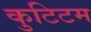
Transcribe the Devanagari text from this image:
कुटिटम